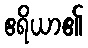
ဧရိယာ၏